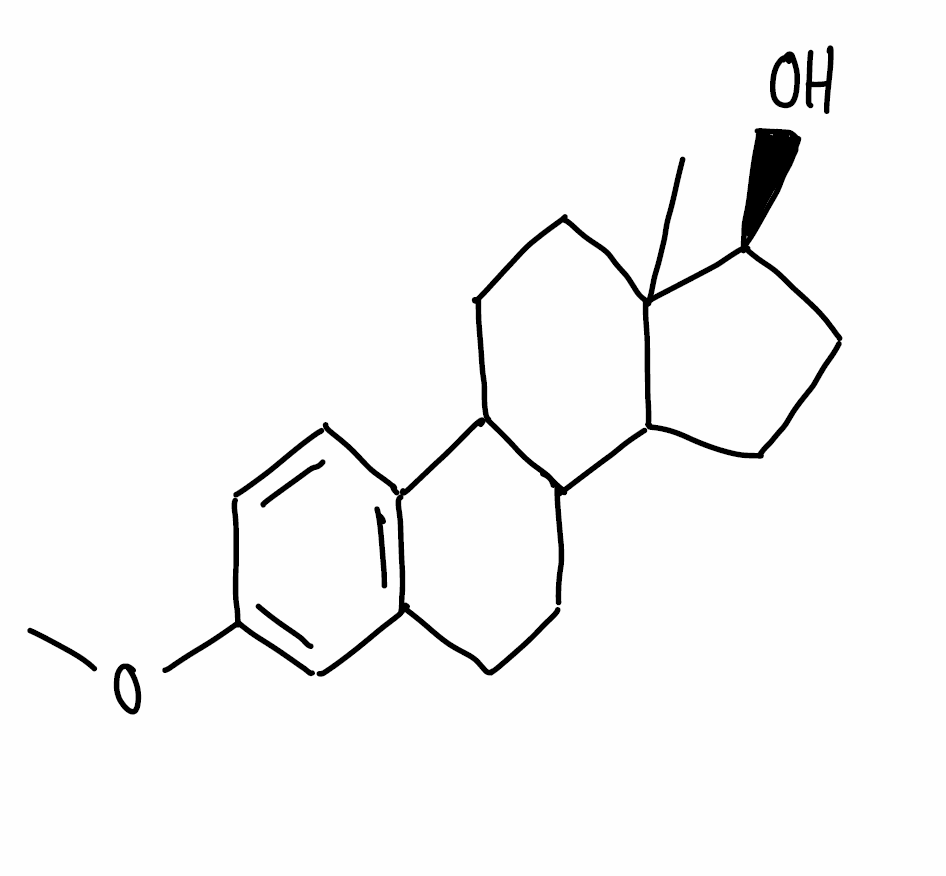
Simplified molecular-input line-entry system (SMILES) notation of the given molecule:
CC12CCC3C(C1CC[C@@H]2O)CCC4=C3C=CC(=C4)OC